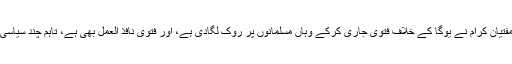
واضح رہے کہ ملیشیا کے مفتیان کرام نے یوگا کے خلاف فتوی جاری کرکے وہاں مسلمانوں پر روک لگادی ہے، اور فتوی نافذ العمل بھی ہے، تاہم چند سیاسی لوگوں نے مخالفت کی ہے۔